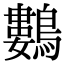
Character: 鷜